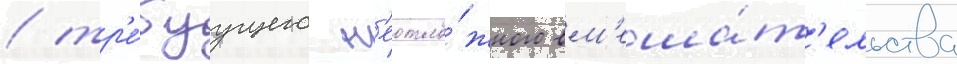
/ тр'е́буущего н'еотло́жного вм'еша́т'ельства